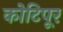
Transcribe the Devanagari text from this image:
कोटिपूर